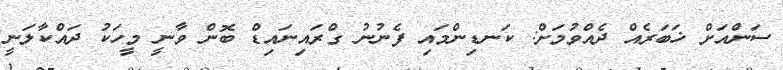
ސަންއަށް ޚަބަރެއް ދެއްވުމަށް: ކަނޑިންމައި ފެނުނު ގްރައިނައިޑް ބޮން ވާނީ މީހަކު ދައްކާލަނީ